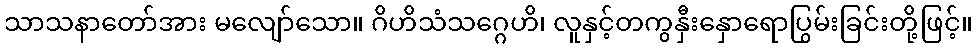
သာသနာတော်အား မလျော်သော။ ဂိဟိသံသဂ္ဂေဟိ၊ လူနှင့်တကွနှီးနှောရောပြွမ်းခြင်းတို့ဖြင့်။